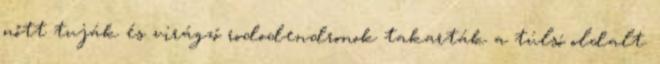
nőtt tuják és virágzó rododendronok takarták a túlsó oldalt.